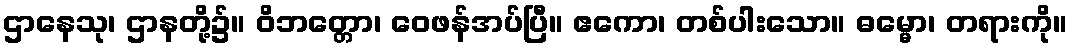
ဌာနေသု၊ ဌာနတို့၌။ ဝိဘတ္တော၊ ဝေဖန်အပ်ပြီ။ ဧကော၊ တစ်ပါးသော။ ဓမ္မော၊ တရားကို။